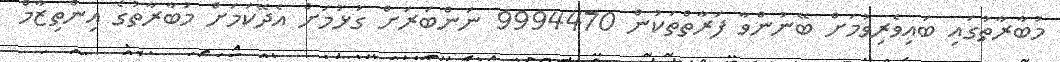
މުބާރާތުގައި ބައިވެރިވުމަށް ބޭނުންވާ ފަރާތްތަކުން 9994470 ނަންބަރަށް ގުޅުމަށް އެދޭކަމަށް މުބާރާތުގެ އިންތިޒާމް